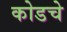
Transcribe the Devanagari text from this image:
कोडचे